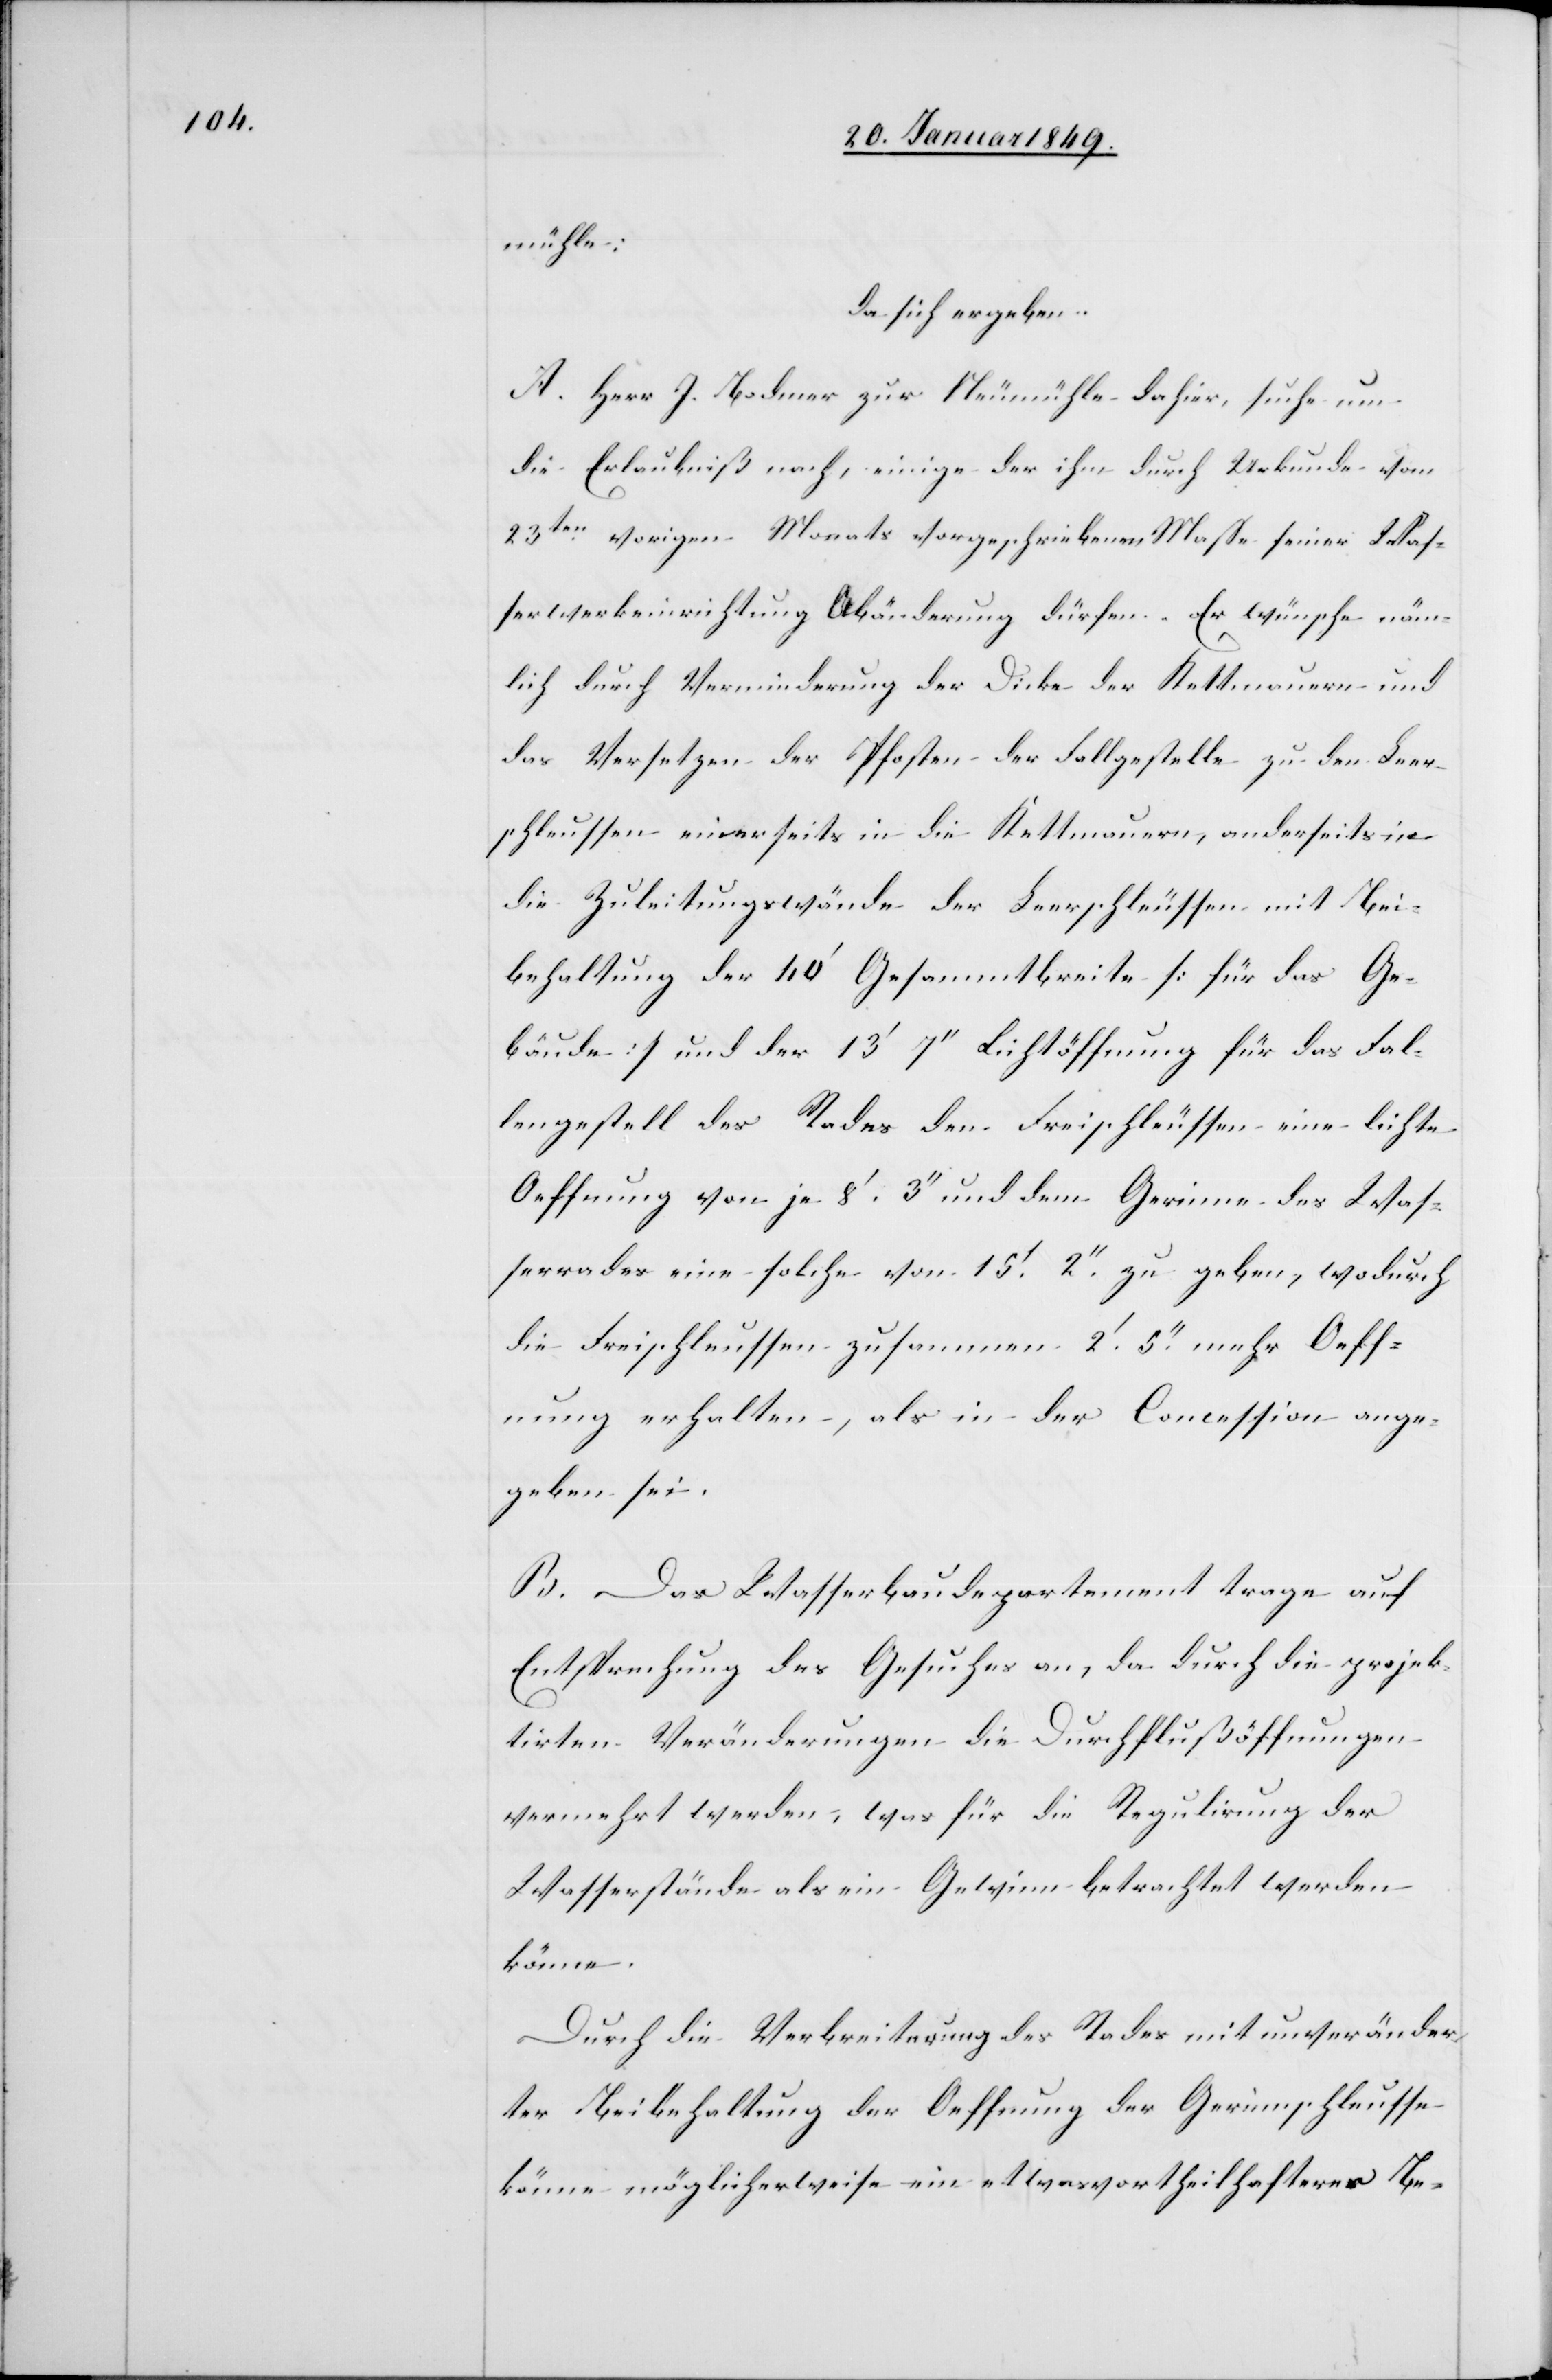
mühle:
da sich ergeben:
A. Herr J. Bodmer zur Neumühle dahier, suche um
die Erlaubniß nach, einige der ihm durch Urkunde vom
23ten. vorigen Monats vorgeschriebenen Masse seiner Was¬
serwerkeinrichtung Abänderung dürfen. Er wünsche näm¬
lich durch Verminderung der Dicke der Kettmauern und
das Versetzen der Pfosten der Fallgestelle zu den Leer¬
schleussen einerseits in die Kettmauern, anderseits in
die Zuleitungswände der Leerschleussen mit Bei¬
behaltung der 40’ Gesammtbreite [für das Ge¬
bäude] und der 13’ 7’’ Lichtöffnung für das Fal¬
lengestell des Rades den Freischleussen eine leichte
Oeffnung von je 8’. 3’’ und dem Gerinne des Was¬
serrades eine solche von 15’. 2’’. zu geben, wodurch
die Freischleussen zusammen 2’. 5’’. mehr Oeff¬
nung erhalten, als in der Concession ange¬
geben sei.
B. Das Wasserbaudepartement trage auf
Entsprechung des Gesuches an, da durch die projek¬
tirten Veränderungen die Durchflußöffnungen
vermehrt werden, was für die Regulirung der
Wasserstände als ein Gewinn betrachtet werden
könne.
Durch die Verbreiterung des Rades mit unveränder¬
ter Beibehaltung der Oeffnung der Gerinnschleusse
könne möglicherweise ein etwas vortheilhafterer Be-